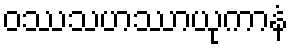
ဝဿသဟဿာယုကာနံ